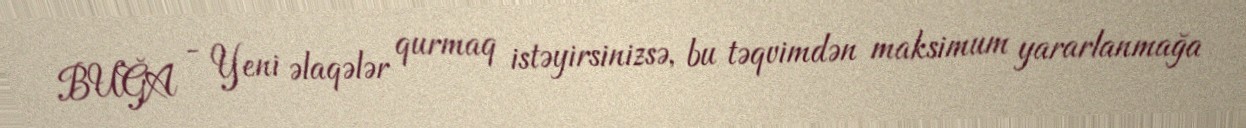
BUĞA - Yeni əlaqələr qurmaq istəyirsinizsə, bu təqvimdən maksimum yararlanmağa